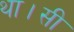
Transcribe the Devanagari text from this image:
था।सी